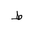
Letter: _da